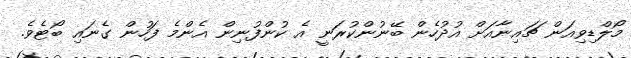
މޯލްޑިވިއަން ޗައިނާއަށް އުދުހެން ބޭނުންކުރަނީ އެ ކުންފުނިން އެންމެ ފަހުން ގެނައި ބޯޓެވެ.